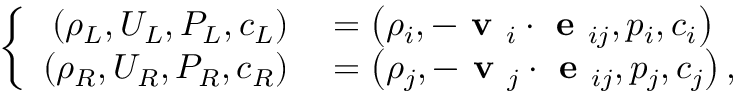
\left\{ \begin{array} { r l } { \left( \rho _ { L } , U _ { L } , P _ { L } , c _ { L } \right) } & { { } = \left( \rho _ { i } , - \textbf { v } _ { i } \cdot \textbf { e } _ { i j } , p _ { i } , c _ { i } \right) } \\ { \left( \rho _ { R } , U _ { R } , P _ { R } , c _ { R } \right) } & { { } = \left( \rho _ { j } , - \textbf { v } _ { j } \cdot \textbf { e } _ { i j } , p _ { j } , c _ { j } \right) , } \end{array} \right.